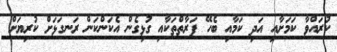
ކުރައްވާ ކަމަށާއި އަދި ކަމާއި ބެހޭ ފަރާތްތަކާއި ގުޅިގެން އެކަންކަން ރަނގަޅަށް ކުރިޔަށް